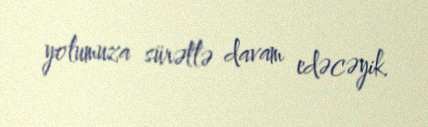
yolumuza sürətlə davam edəcəyik.